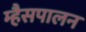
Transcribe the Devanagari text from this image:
म्हैसपालन